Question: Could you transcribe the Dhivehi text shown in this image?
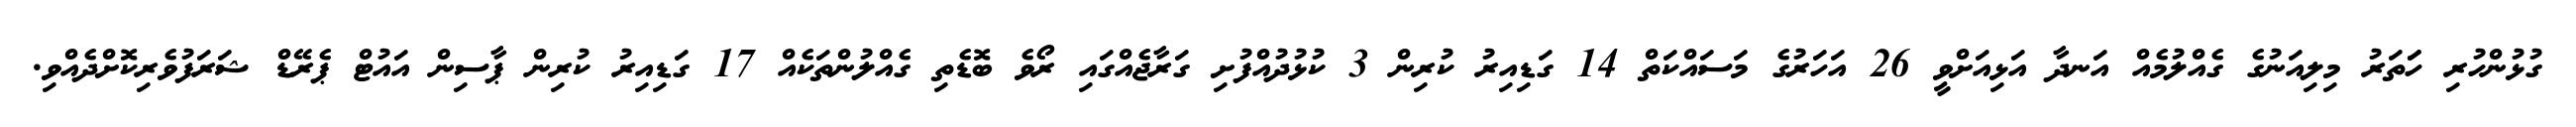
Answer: ގުޅުންހުރި ހަަތަރު މިލިއަނުގެ ގެއްލުމެއް އަނދާ އަޅިއަށްވީ 26 އަހަރުގެ މަސައްކަތް 14 ގަޑިއިރު ކުރިން 3 ކުޅުދުއްފުށި ގަރާޖެއްގައި ރޯވެ ބޮޑެތި ގެއްލުންތަކެއް 17 ގަޑިއިރު ކުރިން ޕާސިން އައުޓް ޕެރޭޑް ޝަރަފުވެރިކޮށްދެއްވި.